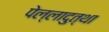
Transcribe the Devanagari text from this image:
पेल्लादुत्था